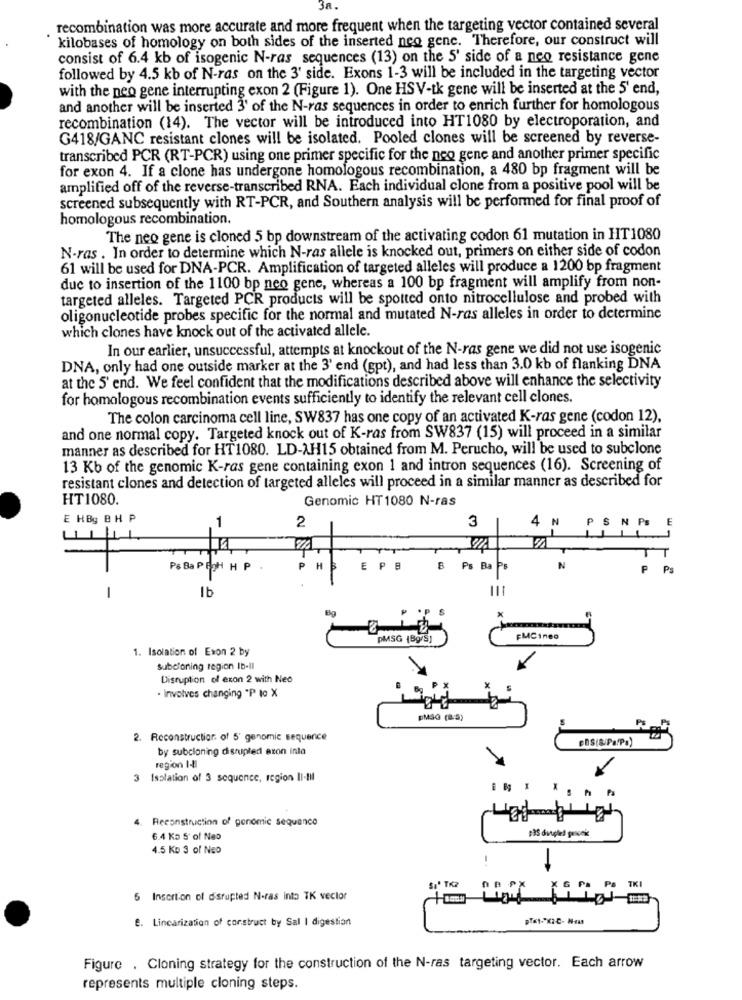
recombination was more accurate and more frequent when the targeting vector contained several
kilobases of homology on both sides of the inserted neo gene. Therefore, our construct will
consist of 6.4 kb of isogenic N-ras sequences (13) on the 5' side of a neo resistance gene
followed by 4.5 kb of N-ras on the 3' side. Exons 1-3 will be included in the targeting vector
with the neo gene interrupting exon 2 (Figure 1). One HSV-tk gene will be inserted at the 5' end,
and another will be inserted 3' of the N-ras sequences in order to enrich further for homologous
recombination (14). The vector will be introduced into HT1080 by electroporation, and
G418/GANC resistant clones will be isolated. Pooled clones will be screened by reverse-
transcribed PCR (RT-PCR) using one primer specific for the neo gene and another primer specific
for exon 4. If a clone has undergone homologous recombination, a 480 bp fragment will be
amplified off of the reverse-transcribed RNA. Each individual clone from a positive pool will be
screened subsequently with RT-PCR, and Southern analysis will be performed for final proof of
homologous recombination.
The neo gene is cloned 5 bp downstream of the activating codon 61 mutation in HT1080
N-ras . In order to determine which N-ras allele is knocked out, primers on either side of codon
61 will be used for DNA-PCR. Amplification of targeted alleles will produce a 1200 bp fragment
due to insertion of the 1100 bp neo gene, whereas a 100 bp fragment will amplify from non-
targeted alleles. Targeted PCR products will be spotted onto nitrocellulose and probed with
oligonucleotide probes specific for the normal and mutated N-ras alleles in order to determine
which clones have knock out of the activated allele.
In our earlier, unsuccessful, attempts at knockout of the N-ras gene we did not use isogenic
DNA, only had one outside marker at the 3' end (gpt), and had less than 3.0 kb of flanking DNA
at the 5' end. We feel confident that the modifications described above will enhance the selectivity
for homologous recombination events sufficiently to identify the relevant cell clones.
The colon carcinoma cell line, SW837 has one copy of an activated K-ras gene (codon 12),
and one normal copy. Targeted knock out of K-ras from SW837 (15) will proceed in a similar
manner as described for HT1080. LD-AH15 obtained from M. Perucho, will be used to subclone
13 Kb of the genomic K-ras gene containing exon 1 and intron sequences (16). Screening of
resistant clones and detection of targeted alleles will proceed in a similar manner as described for
HT1080.
Genomic HT1080 N-ras
E HBg BH P
3
2
P& Ba PECH H P
P
H
Ps
Ba
P Ps
1b
-
-
PMSG (Bg/S)
FMCineo
1. Isolation of Exon 2 by
subcloning region Ib-Il
Disruption of exon 2 with Neo
. Involves changing "P lo X
pMSG (a.S)
2. Reconstruction of 5' genomic sequence
"BS(&/PalP.)
by subcloning disrupted aron inta
region I-8
3 Isolation of 3 sequence, region Il-Ill
X
4.
Reconstruction of gonomic sequence
6.4 Ko S' of Neo
4.5 KD 3 of Neo
-
Sa' TK2
5 Insertion of disrupted N-ras into TK vector
E. Lincarization of construct by Sal I digestion
Figure . Cloning strategy for the construction of the N-ras targeting vector. Each arrow
represents multiple cloning steps.